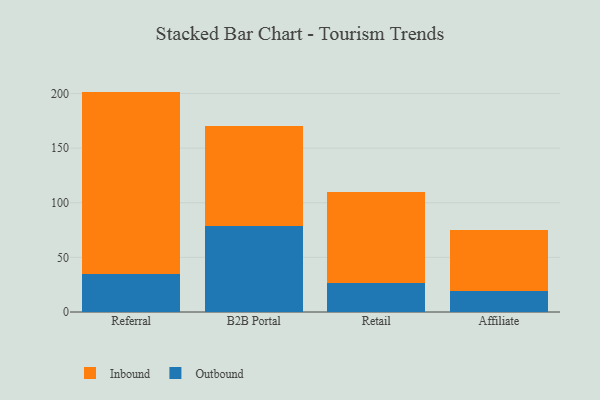
{"axis": {"x": "Channel", "y": "Budget (USD K)"}, "legend": ["Inbound", "Outbound"], "data": [{"x": "Referral", "y": 34.7, "type": "Outbound"}, {"x": "Referral", "y": 167.1, "type": "Inbound"}, {"x": "B2B Portal", "y": 78.5, "type": "Outbound"}, {"x": "B2B Portal", "y": 91.6, "type": "Inbound"}, {"x": "Retail", "y": 26.7, "type": "Outbound"}, {"x": "Retail", "y": 83.4, "type": "Inbound"}, {"x": "Affiliate", "y": 19.3, "type": "Outbound"}, {"x": "Affiliate", "y": 55.8, "type": "Inbound"}]}